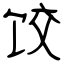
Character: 饺